Vaccine operations Central Provinces 1900-1911 - 1900-1911
Year: 1900
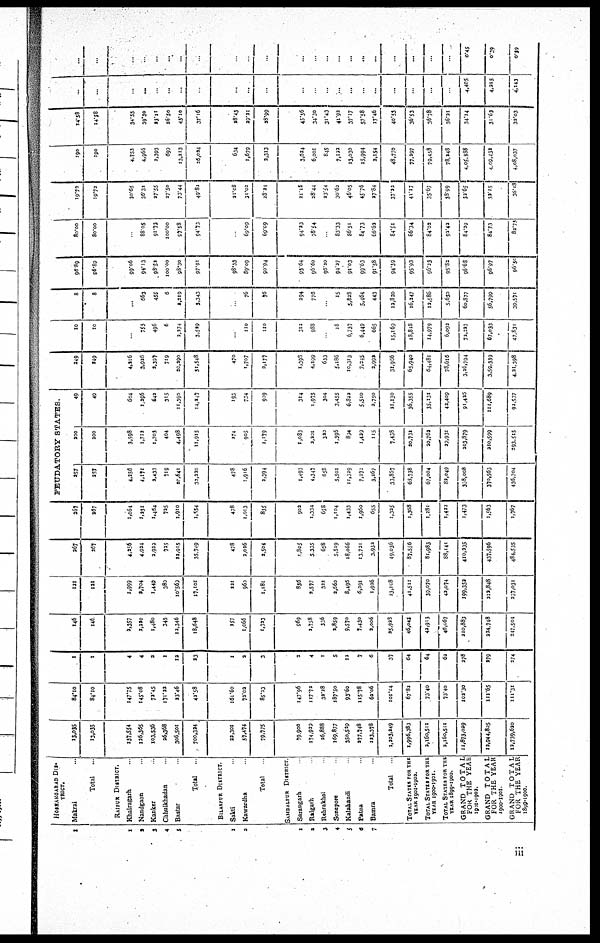
1
1
2
3
4
5
1
2
1
2
3
4
5
6
7
HOSHANGABAD DIS¬
TRICT.
Makrai ..
Total
..
RAIPUR DISTRICT.
Khairagarh
Nandgaon
Kanker
Chhuikhadan
Bastar
Total
.
BILASPUR DISTRICT.
Sakti
Kawardha
Total
SAMBALPUR DISTRICT
Sarangarh
Raigarh
Rchrakhol
Sonepore
Kalahandi
Patna
Bamra
Total
TOTAL STATES FOR THE
YEAR 1901-1902.
TOTAL STATES FOR THE
YEAR 1900-1901
TOTAL STATES FOR THE
YEAR 1899-1900.
GRAND TOTAL
FOR THE YEAR
1901-1902.
GRAND TOTAL
FOR THE YEAR
1900-1901
GRAND TOTAL
FOR THE YEAR
1899-1900.
13,035
13,035
137,554
126,365
103,536
26,368
306,501
700,324
22,301
57,474
79,775
79,900
174,929
26,888
169,877
350,529
277,748
123,378
1,203,249
1,996,383
2,160,511
2,160,511
11,873,029
12,944,805
12,739,620
84.20
84.10
147.75
145.08
72.45
171.22
23.46
42.58
161.60
72,02
85.23
147.96
117.72
32.28
187.50
93.60
115.78
62.06
101.14
67.82
73.40
73.40
102.30
111.65
111.31
1
1
4
4
3
1
12
23
1
2
3
3
4
1
5
13
7
6
37
64
64
62
278
279
274
146
146
2,357
2,220
1,480
345
13,346
18,648
257
1,066
1,323
969
2,758
336
2,859
9,570
7,430
2,006
25,923
46,045
42,913
46,067
210,883
224,748
247,504
121
121
1,999
2,704
1,449
380
10,569
17,101
221
960
1,181
836
2,577
322
2,660
8,495
6,291
1,926
23,108
41,511
39,070
42,074
199,352
212,848
237,031
267
367
4,356
4,924
2,929
725
22,915
35,749
478
2,026
2,504
1,805
5,335
658
5,519
18,066
13,731
3,932
49,036
87,556
81,983
88,141
410,235
437,596
484,535
267
267
1,064
1,232
1,464
725
1,910
1,554
478
1,023
835
902
1,334
658
1,104
1,433
1,960
655
1,335
1,368
1,281
1,422
1,473
1,563
1,767
FEUDATORY STATES.
257
257
4,256
4,272
2,433
719
20,641
32,220
478
1,916
2,394
1,493
4,347
658
5,501
11,329
7,272
3,267
33,857
68,738
67,004
82,049
338,008
370,563
436,704
200
200
3,598
1,712
1,703
404
4,498
11,915
274
905
1,179
1,083
2,201
320
1,395
894
1,429
115
7,438
20,732
20,762
29,931
203,879
210,599
293,515
49
49
604
1,396
642
315
11,390
14,247
193
734
929
314
1,975
304
3,455
6,822
5,510
2,750
21,130
36,355
35,131
42,409
91,435
111,689
92,537
249
249
4,216
3,926
2,397
719
20,290
31,548
470
1,707
2,177
1,398
4,199
633
5,186
10,313
7,245
2,992
31,966
65,940
64,482
78,616
3,26,794
3,59,339
4,21,398
10
10
...
753
496
6
2,274
3,529
110
110
312
988
...
18
6,737
6,449
665
15,169
18,818
14,979
6,092
72,227
67,033
47,831
8
8
...
663
455
6
2,219
3,343
76
76
294
776
15
5,828
5,464
443
12,820
16,247
12,586
5,630
60,877
56,799
39,571
96.89
96.89
99.06
94.13
98.52
100.00
98.30
97.91
98.33
89.09
90.94
93.64
96.60
96.20
94.27
91.03
99.63
91.58
94.39
95.93
96.23
95.82
96.68
96.97
96.50
80.00
80.00
88.05
91.73
100.00
97.58
94.73
69.09
69.09
94.23
78.54
83.33
86.51
84.73
66.62
84.51
86.34
84.02
92.42
84.29
84.73
82.70
19.72
19.73
30.65
36.32
37.55
27.50
73.44
49.82
21.08
31.02
28.24
21.15
28.44
23.54
30.62
46.05
45.76
27.84
37.22
41.17
35.67
33.99
32.65
32.15
36.19
190
190
4,753
4,966
2,393
699
13,213
26,024
634
1,679
2,313
3,624
6,001
845
7,122
13,030
15,994
2,154
48,770
77,297
79,458
78,248
4,05,388
4,09,432
4,08,037
14.58
14.58
34.55
39.30
23.11
26.50
43.10
37.16
28.43
29.21
28.99
45.36
34.30
31.43
41.92
37.17
57.58
17.46
40.53
36.53
36.78
36.21
34.14
31.63
32.03
...
...
...
...
...
...
...
...
...
...
...
...
...
...
...
...
...
...
..
...
...
4,405
4,215
4,143
...
...
...
...
...
...
...
...
...
...
...
...
...
...
...
...
...
...
...
...
...
...
0.45
0.39
0.39
iii